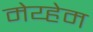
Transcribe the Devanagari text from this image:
मेय्हेम